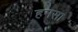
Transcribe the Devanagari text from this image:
हमसा